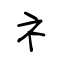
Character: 礻